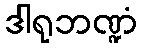
ဒါရုဘဏ္ဍံ